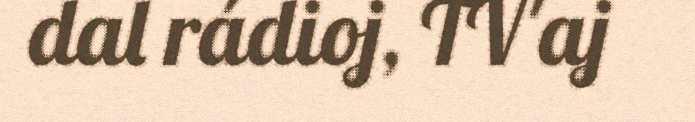
dal rádioj, TV'aj